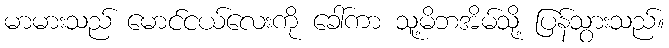
မာမားသည် မောင်ငယ်လေးကို ခေါ်ကာ သူ့မိဘအိမ်သို့ ပြန်သွားသည်။